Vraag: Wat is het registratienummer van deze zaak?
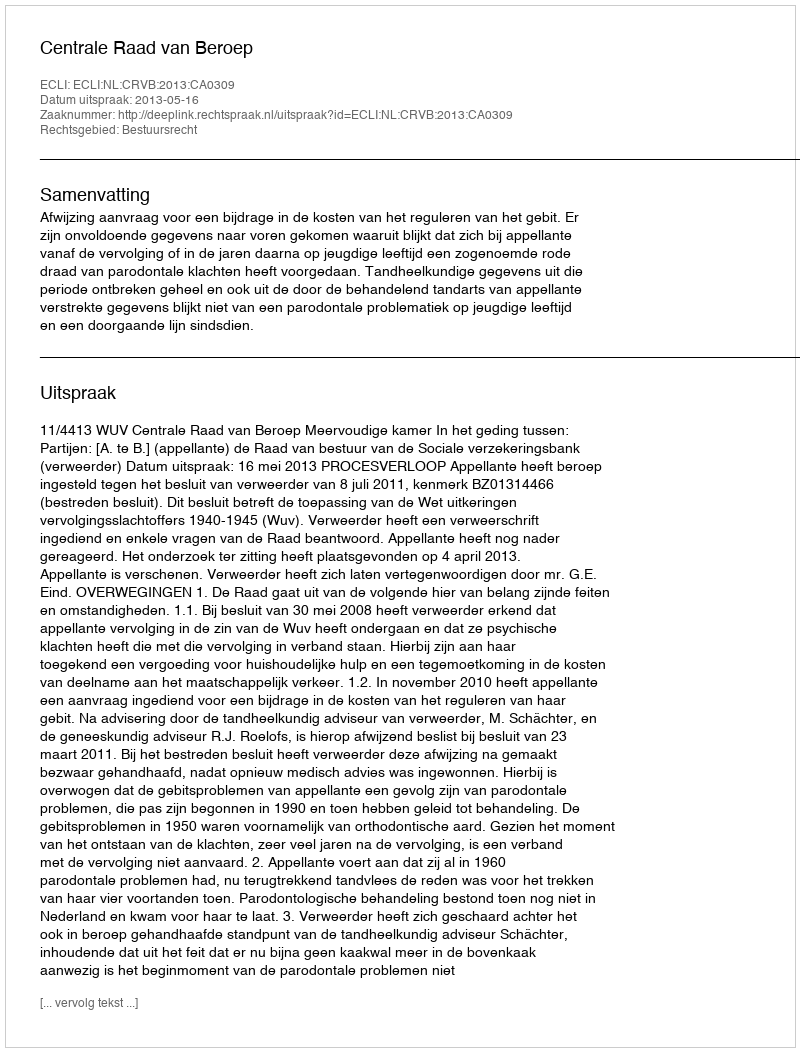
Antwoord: http://deeplink.rechtspraak.nl/uitspraak?id=ECLI:NL:CRVB:2013:CA0309